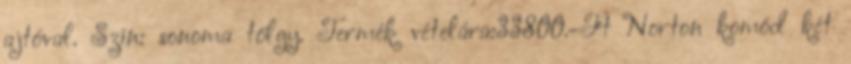
ajtóval. Szín: sonoma tölgy. Termék vételára:33800.-Ft Norton komód két